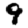
Digit: 9